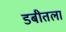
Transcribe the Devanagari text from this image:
डबीतला